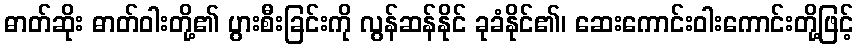
ဓာတ်ဆိုး ဓာတ်ဝါးတို့၏ ပွားစီးခြင်းကို လွန်ဆန်နိုင် ခုခံနိုင်၏၊ ဆေးကောင်းဝါးကောင်းတို့ဖြင့်